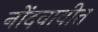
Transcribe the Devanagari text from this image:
नोंदवावीत